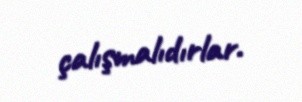
çalışmalıdırlar.